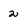
Character: 2